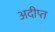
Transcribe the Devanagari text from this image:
अदीप्त